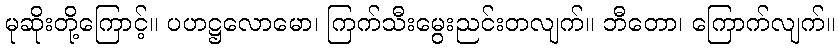
မုဆိုးတို့ကြောင့်။ ပဟဋ္ဌလောမော၊ ကြက်သီးမွေးညင်းတလျက်။ ဘီတော၊ ကြောက်လျက်။